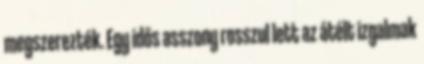
megszerezték. Egy idős asszony rosszul lett az átélt izgalmak